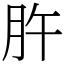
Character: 㬳